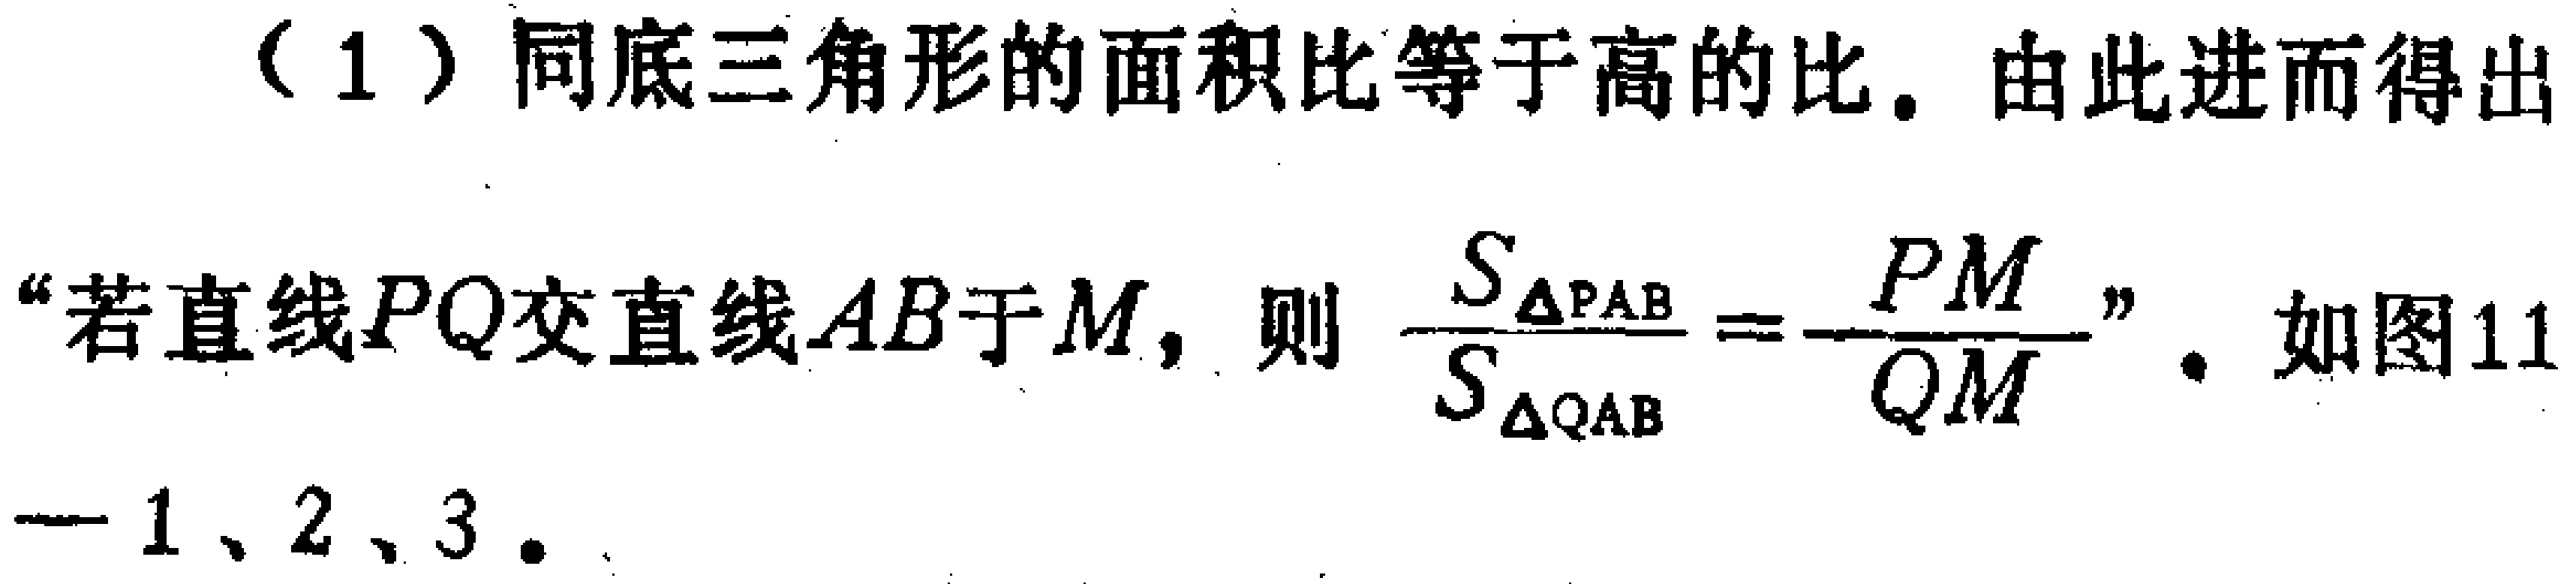
（1）同底三角形的面积比等于高的比。由此进而得出“若直线\(PQ\)交直线\(AB\)于\(M\)，则\(\frac{S_{\triangle PAB}}{S_{\triangle QAB}} = \frac{PM}{QM}\)”。如图11-1、2、3。